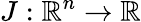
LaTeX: J:\mathbb{R}^{n}\rightarrow\mathbb{R}